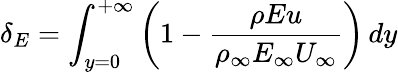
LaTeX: \delta_{E}=\int_{y=0}^{+\infty}\left(1-\frac{\rho Eu}{\rho_{\infty}E_{\infty}U_{\infty}}\right)\, dy